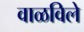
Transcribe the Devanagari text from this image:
वाळविले